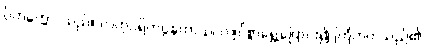
ဝိတက္ကော၊ သည်။ လဟုပရိကပ္ပနတာယ၊ လျင်စွာရွှေ့ပြောင်း၍ ကြံတတ်သည်၏